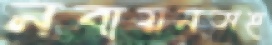
নবায়নসহ